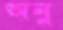
অনু